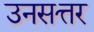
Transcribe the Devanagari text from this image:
उनसत्तर